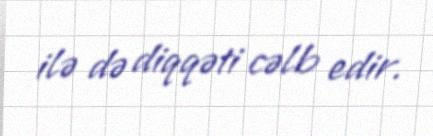
ilə də diqqəti cəlb edir.